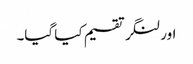
اور لنگر تقسیم کیا گیا۔